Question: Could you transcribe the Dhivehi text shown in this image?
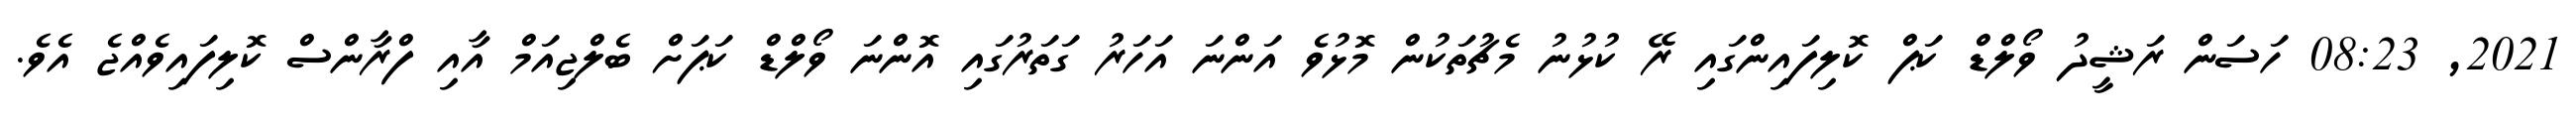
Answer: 2021, 08:23 ހަސަން ރަޝީދު ވޯލްޑް ކަޕް ކޮލިފައިންގައި ރޭ ކުޅުނު މެޗުތަކުން މޮޅުވެ އަންނަ އަހަރު ގަތަރުގައި އޮންނަ ވޯލްޑް ކަޕަށް ބެލްޖިއަމް އާއި ފްރާންސް ކޮލިފައިވެއްޖެ އެވެ.